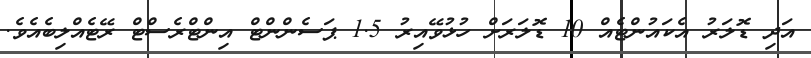
އަދި ޑޮލަރު އެކައުންޓެއް 10 ޑޮލަރަށް ހުޅުވޭއިރު 1.5 ޕަސެންންޓް އިންޓްރެސްޓް ރޭޓެއްލިބެއެވެ.